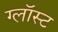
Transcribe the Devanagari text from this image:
ग्लॉस्ट